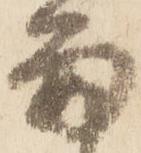
留